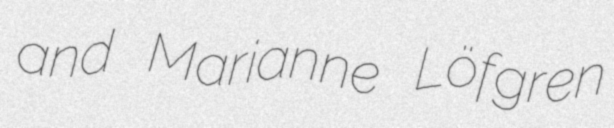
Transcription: and Marianne Löfgren